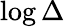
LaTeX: \log\Delta